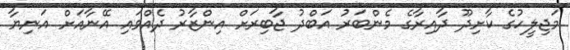
މަޖިލީހުގެ ކާށިދޫ ދާއިރާގެ މެންބަރު އަބްދު ޖާބިރަށް އިންޒާރު ދެއްވައި އޭނާއަށް އަނިޔާ